Annual report of the Imperial Bacteriological Laboratory, Muktesar
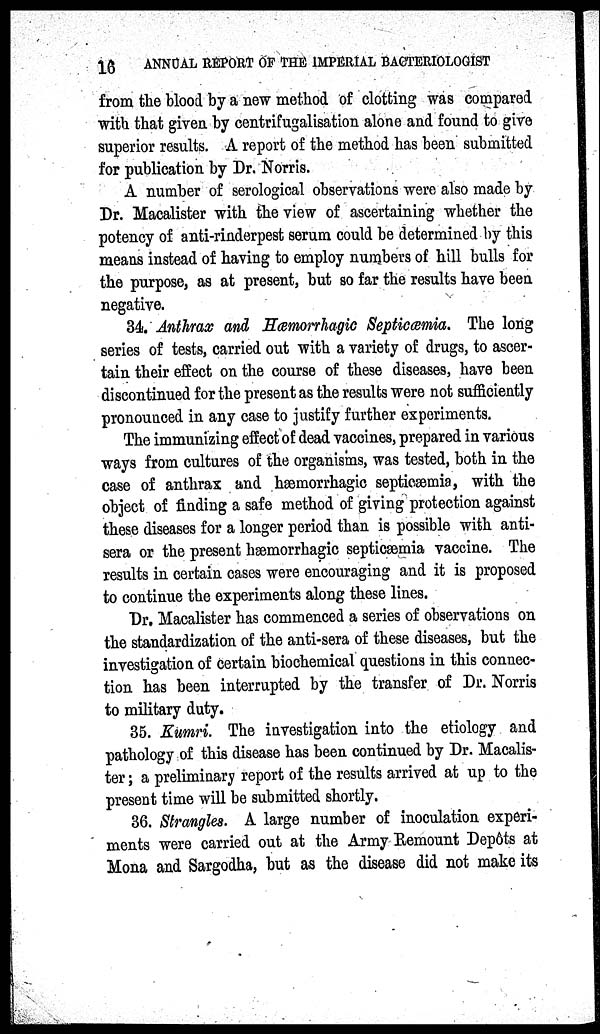
16
ANNUAL REPORT OF THE IMPERIAL BACTERIOLOGIST
from the blood by a new method of clotting was compared
with that given by centrifugalisation alone and found to give
superior results. A report of the method has been submitted
for publication by Dr. Norris.
A number of serological observations were also made by
Dr. Macalister with the view of ascertaining whether the
potency of anti-rinderpest serum could be determined by this
means instead of having to employ numbers of hill bulls for
the purpose, as at present, but so far the results have been
negative.
34. Anthrax and Hæmorrhagic Septicœmia. The long
series of tests, carried out with a variety of drugs, to ascer-
tain their effect on the course of these diseases, have been
discontinued for the present as the results were not sufficiently
pronounced in any case to justify further experiments.
The immunizing effect of dead vaccines, prepared in various
ways from cultures of the organisms, was tested, both in the
case of anthrax and hæmorrhagic septicæmia, with the
object of finding a safe method of giving protection against
these diseases for a longer period than is possible with anti-
sera or the present hæmorrhagic septicæmia vaccine. The
results in certain cases were encouraging and it is proposed
to continue the experiments along these lines.
Dr. Macalister has commenced a series of observations on
the standardization of the anti-sera of these diseases, but the
investigation of certain biochemical questions in this connec-
tion has been interrupted by the transfer of Dr. Norris
to military duty.
35. Kumri. The investigation into the etiology and
pathology of this disease has been continued by Dr. Macalis-
ter; a preliminary report of the results arrived at up to the
present time will be submitted shortly.
36. Strangles. A large number of inoculation experi-
ments were carried out at the Army Remount Depôts at
Mona and Sargodha, but as the disease did not make its